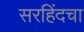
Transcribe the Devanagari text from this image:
सरहिंदचा